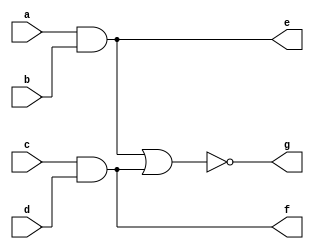
`timescale 1ns / 1ps
//////////////////////////////////////////////////////////////////////////////////
// Company: 
// Engineer: 
// 
// Design Name: 
// Module Name: AOI
// Project Name: 
// Target Devices: 
// Tool Versions: 
// Description: 
// 
// Dependencies: 
// 
// Revision:
// Revision 0.01 - File Created
// Additional Comments:
// 
//////////////////////////////////////////////////////////////////////////////////


module AOI(
    input a,b,c,d,
    output e,f,g
    );
assign e=a&b;
assign f=c&d;
assign g=~(e|f);
endmodule